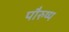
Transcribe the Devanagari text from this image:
पौरुष्य